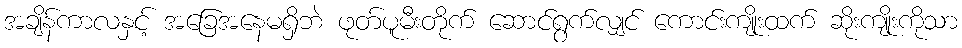
အချိန်ကာလနှင့် အခြေအနေမရှိဘဲ ဖုတ်ပူမီးတိုက် ဆောင်ရွက်လျှင် ကောင်းကျိုးထက် ဆိုးကျိုးကိုသာ